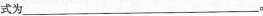
式为___。